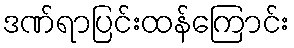
ဒဏ်ရာပြင်းထန်ကြောင်း